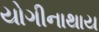
યોગીનાથાય